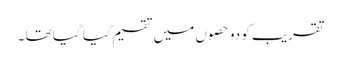
تقریب کو دو حصوں میں تقسیم کیا گیا تھا ۔